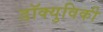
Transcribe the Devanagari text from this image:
डॉक्युविकी